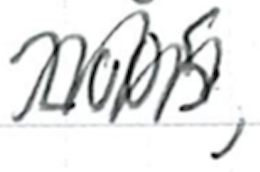
Text: 2005,
Cross-out: zig-zag
Writing tool: ballpoint